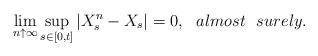
LaTeX: \begin{align*}\lim_{n \uparrow \infty} \sup_{s \in [0,t]}|X^n_s-X_s|=0, \ \ almost \ \ surely.\end{align*}